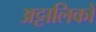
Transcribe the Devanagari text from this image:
अट्टालिकों